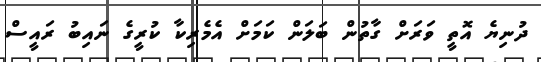
ދުނިޔެ އޮތީ ވަރަށް ގާތުން ބަލަން ކަމަށް އެމެރިކާ ކުރީގެ ނައިބު ރައީސް